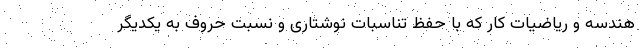
هندسه و ریاضیات کار که با حفظ تناسبات نوشتاری و نسبت حروف به یکدیگر